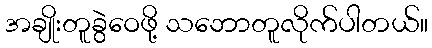
အချိုးတူခွဲဝေဖို့ သဘောတူလိုက်ပါတယ်။